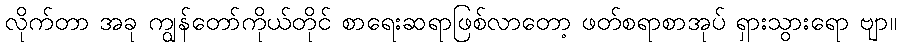
လိုက်တာ အခု ကျွန်တော်ကိုယ်တိုင် စာရေးဆရာဖြစ်လာတော့ ဖတ်စရာစာအုပ် ရှားသွားရော ဗျာ။